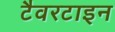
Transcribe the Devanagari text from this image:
टैवरटाइन